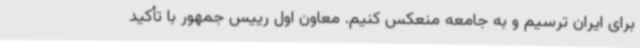
برای ایران ترسیم و به جامعه منعکس کنیم. معاون اول رییس جمهور با تأکید